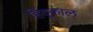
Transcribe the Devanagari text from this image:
हिंदूकाल